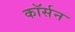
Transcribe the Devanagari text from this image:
कॉर्सन